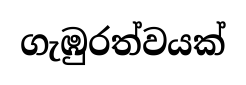
ගැඹුරත්වයක්